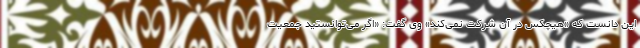
این دانست که «هیچکس در آن شرکت نمی‌کند» وی گفت: «اگر می‌توانستید جمعیت